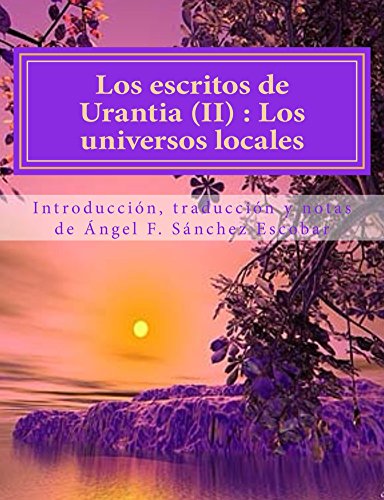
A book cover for LOS ESCRITOS DE URANTIA (II):  EL UNIVERSO LOCAL: CON ANOTACIONES Y CITAS BÃEBLICAS (Spanish Edition); AnÃ³nimo; Religion & Spirituality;